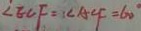
\angle E C F = \angle A C F = 6 0 ^ { \circ }